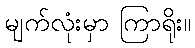
မျက်လုံးမှာ ကြာရိုး။